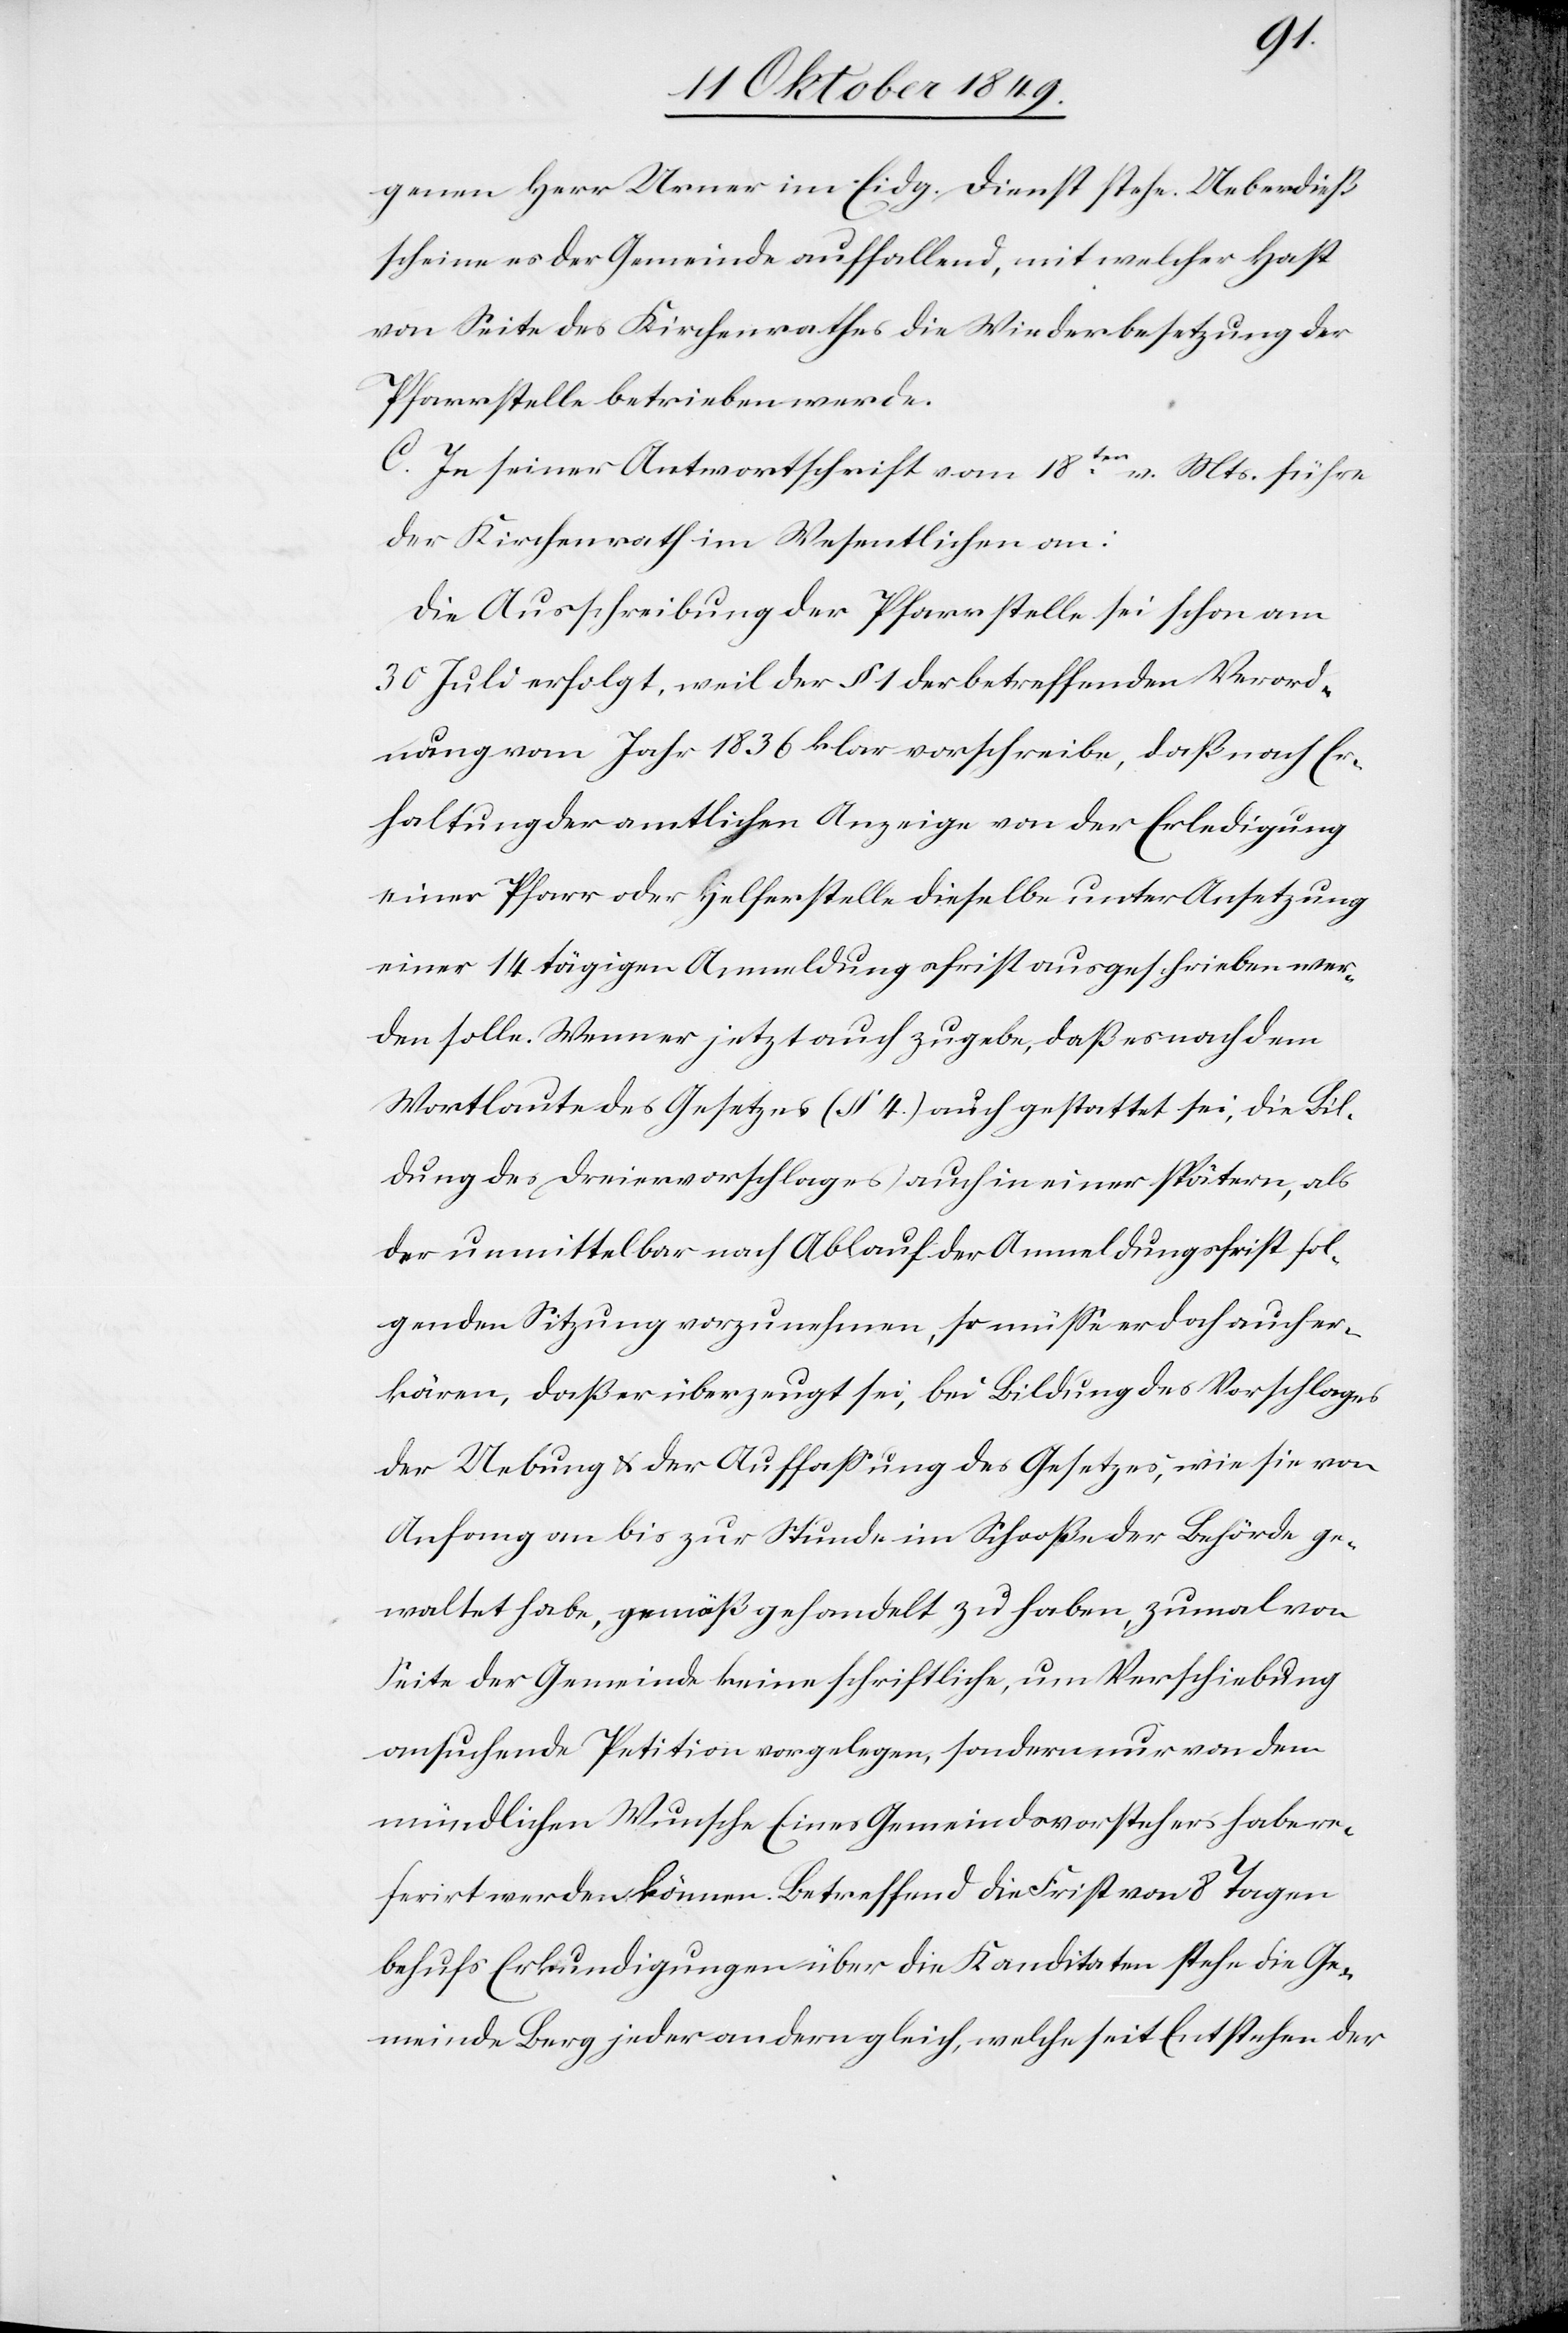
genen Herr Urner im Eidg. Dienst stehe. Ueberdieß
scheine es der Gemeinde auffallend, mit welcher Hast
von Seite des Kirchenrathes die Wiederbesetzung der
Pfarrerstelle betrieben werde.
C. In seiner Antwortschrift vom 18ten v. Mts. führe
der Kirchenrath im Wesentlichen an:
Die Ausschreibung der Pfarrstelle sei schon am
30 Juli erfolgt, weil der § 1 der betreffenden Verord¬
nung vom Jahr 1836 klar vorschreibe, daß nach Er¬
haltung der amtlichen Anzeige von der Erledigung
einer Pfarr oder Helferstelle dieselbe unter Ansetzung
einer 14 tägigen Anmeldungsfrist ausgeschrieben wer¬
den solle. Wenn er jetzt auch zugebe, daß es nach dem
Wortlaute des Gesetzes (§ 4.) auch gestattet sei, die Bil¬
dung des Dreiervorschlages auch in einer spätern, als
der unmittelbaren nach Ablauf der Anmeldungsfrist fol¬
genden Sitzung vorzunehmen, so müße er doch auch er¬
kären [sic!], daß er überzeugt sei, bei Bildung des Vorschlages
der Uebung u. der Auffaßung des Gesetzes, wie sie von
Anfang an bis zur Stunde im Schooße der Behörde ge¬
waltet habe, gemäß gehandelt zu haben, zumal von
Seite der Gemeinde keine schriftliche, um Verschiebung
ansuchende Petition vorgelegen, sondern nur von dem
mündlichen Wunsche Eines Gemeindsvorstehers habe re¬
ferirt werden können. Betreffend die Frist von 8 Tagen
behufs Erkundigungen über die Kandidaten stehe die Ge¬
meinde Berg jeder andern gleich, welche seit Entstehen der